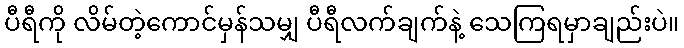
ပီရီကို လိမ်တဲ့ကောင်မှန်သမျှ ပီရီလက်ချက်နဲ့ သေကြရမှာချည်းပဲ။